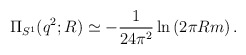
\begin{align*}\Pi_{S^1}(q^2;R)\simeq -{1\over 24\pi^2}\ln \left(2\pi R m\right).\end{align*}